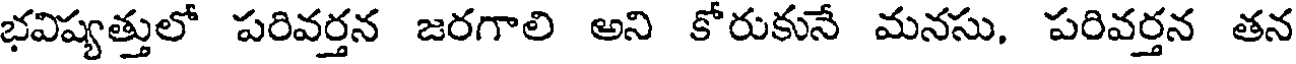
భవిష్యత్తులో పరివర్తన జరగాలి అని కోరుకునే మనసు, పరివర్తన తన